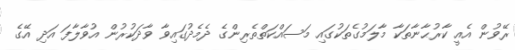
ރޭވުން އެއީ ކާރުޙާނާތަކާ މާލަމުގެތަކުގައި މަސައްކަތްތެރިންގެ ދެމެދުގައިވާ ވާދަކުރުން އުވާލާފަ އަދި އޭގެ